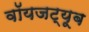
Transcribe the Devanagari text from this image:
वॉयजट्यूब